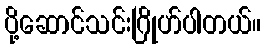
ပို့ဆောင်သင်းဂြိုဟ်ပါတယ်။